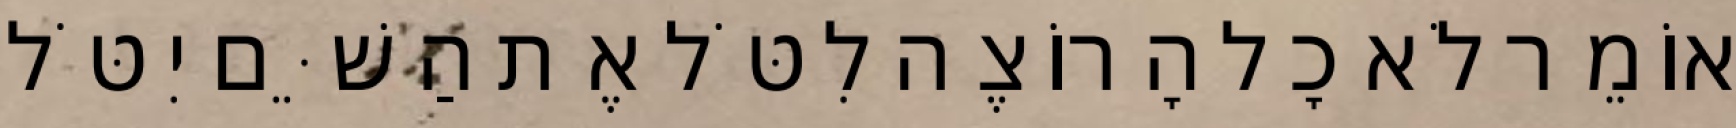
אוֹמֵר לֹא כָל הָרוֹצֶה לִטֹּל אֶת הַשֵּׁם יִטֹּל